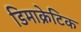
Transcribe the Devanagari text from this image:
डिमाक्रेटिक